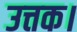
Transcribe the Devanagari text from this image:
उत्तक।